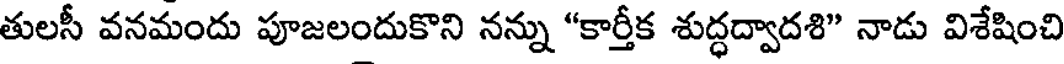
తులసీ వనమందు పూజలందుకొని నన్ను "కార్తీక శుద్ధద్వాదశి" నాడు విశేషించి